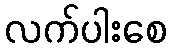
လက်ပါးစေ